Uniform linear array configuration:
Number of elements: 32
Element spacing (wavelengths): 0.75
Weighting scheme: exponential
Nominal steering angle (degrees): -60
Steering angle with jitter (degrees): -58.221
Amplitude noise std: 0.05
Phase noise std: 0.05

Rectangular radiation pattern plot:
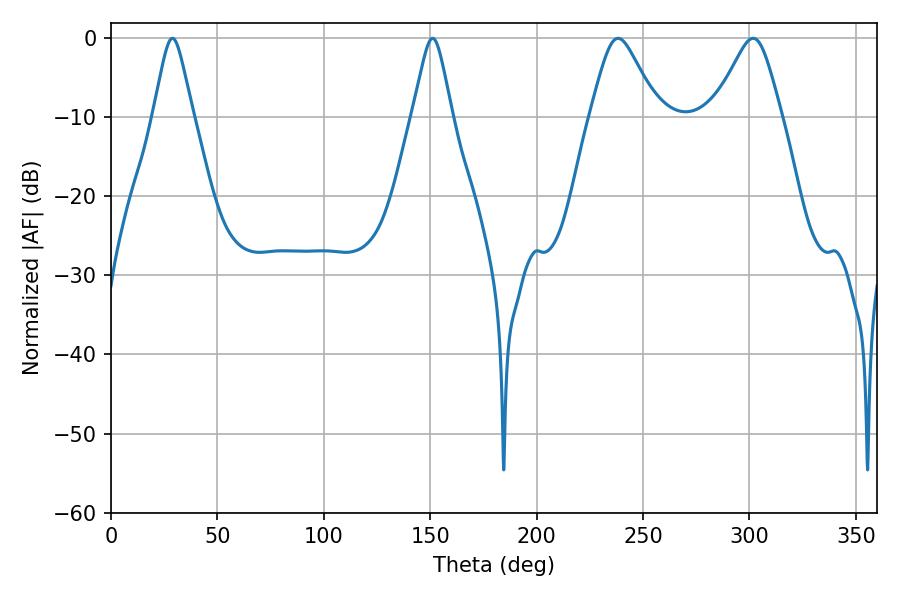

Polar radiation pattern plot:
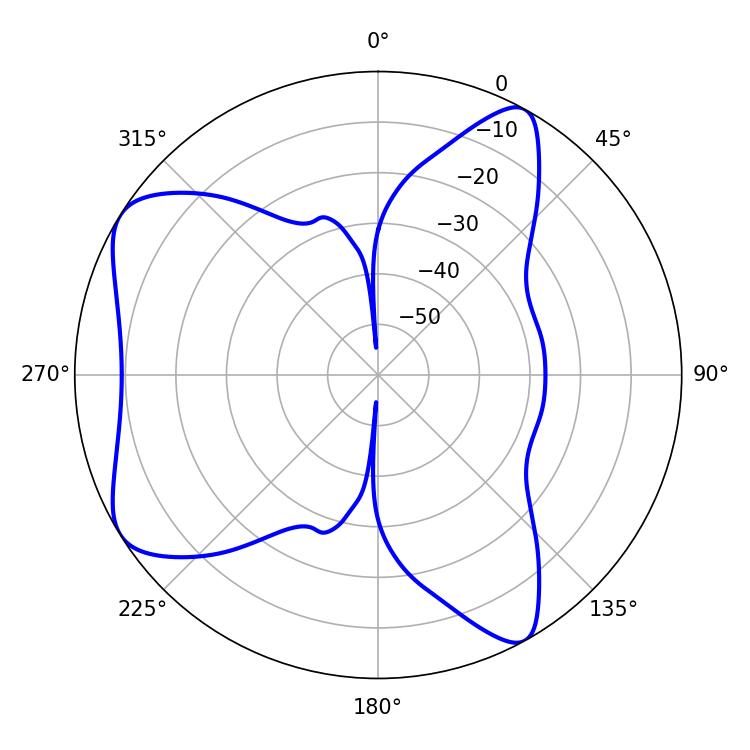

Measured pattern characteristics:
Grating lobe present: TRUE
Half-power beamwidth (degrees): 15.12
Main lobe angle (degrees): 238.32